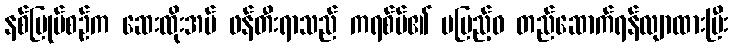
နစ်မြုပ်စဉ်က ဆေးထိုးအပ် ဖန်တီးရာသည် ကရစ်ပ်၏ မပြည့်ဝ တည်ဆောက်ရန်လျာထားပြီး